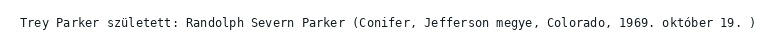
Trey Parker született: Randolph Severn Parker (Conifer, Jefferson megye, Colorado, 1969. október 19. )